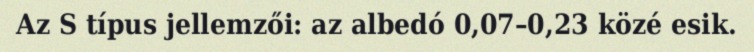
Az S típus jellemzői: az albedó 0,07–0,23 közé esik.